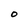
Character: O